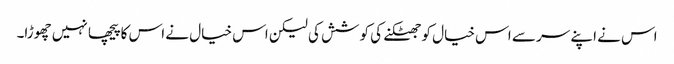
اس نے اپنے سر سے اس خیال کو جھٹکنے کی کوشش کی لیکن اس خیال نے اس کا پیچھا نہیں چھوڑا۔